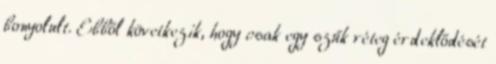
bonyolult. Ebből következik, hogy csak egy szűk réteg érdeklődését